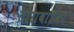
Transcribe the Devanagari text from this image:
ताराबाईवर